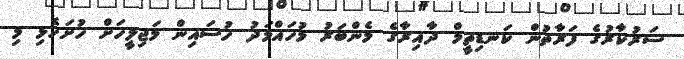
ސަރުކާރުގެ ފަރާތުން ކަނޑިތީމް ދާއިރާގެ މެންބަރު މުހައްމަދު ހުސައިން މަޖިލީހަށް ހުށަހެޅި މި